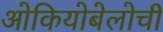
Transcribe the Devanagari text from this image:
ओकियोबेलोची